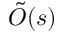
{ \tilde { O } } ( s )